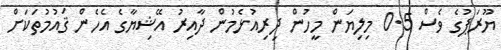
ޔޫރަޕުގެ ވެސް 0.5 މިލިޔަން މީހުން ދިރިއުޅެމުން ދާއިރު އޭޝިޔާގެ އެހެން ޤައުމުތަކަށް